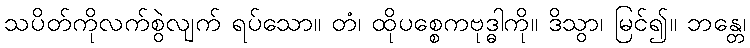
သပိတ်ကိုလက်စွဲလျက် ရပ်သော။ တံ၊ ထိုပစ္စေကဗုဒ္ဓါကို။ ဒိသွာ၊ မြင်၍။ ဘန္တေ၊